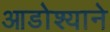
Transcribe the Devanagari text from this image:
आडोश्याने